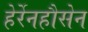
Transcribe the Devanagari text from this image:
हेर्रेनहौसेन